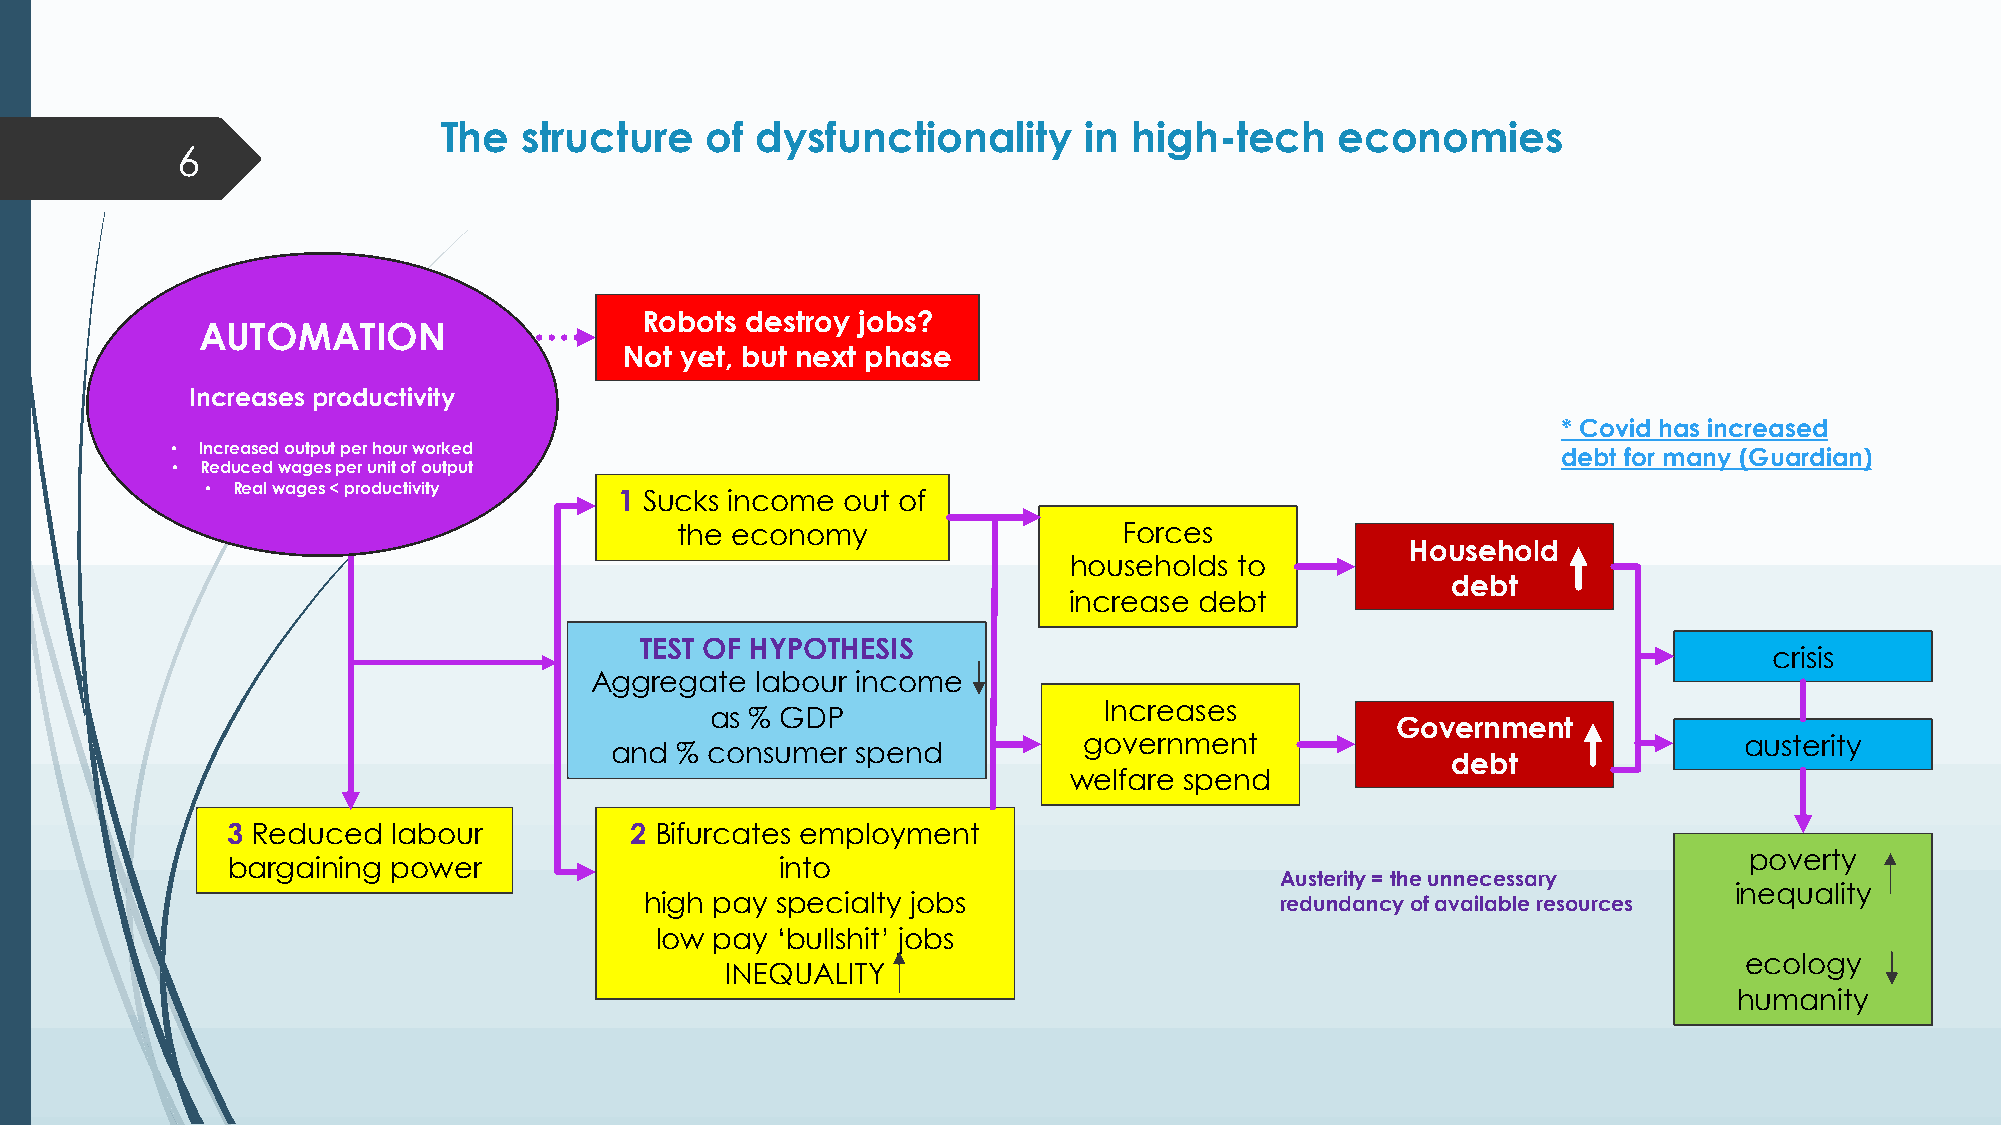
The  structure    of dysfunctionality      in high-tech     economies
 6
 Robots destroy jobs?
 AUTOMATION
 Not yet, but next phase
 Increases productivity
 * Covid has increased
 • Increased output per hour worked                                                          debt for many (Guardian)
 • Reduced wages per unit of output
 • Real wages < productivity
 1 Sucks income out of
 the economy                  Forces
 Household
 households to
 debt
 increase debt
 TEST OF HYPOTHESIS
 crisis
 Aggregate  labour income
 Increases
 as % GDP
 Government
 government                                 austerity
 and  % consumer  spend
 debt
 welfare spend
 3 Reduced  labour          2 Bifurcates employment
 poverty
 bargaining power                     into
 Austerity = the unnecessary
 inequality
 high pay specialty jobs                   redundancy of available resources
 low pay ‘bullshit’ jobs
 ecology
 INEQUALITY
 humanity